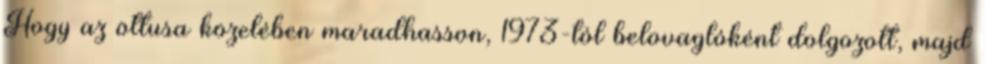
Hogy az öttusa közelében maradhasson, 1973-tól belovaglóként dolgozott, majd